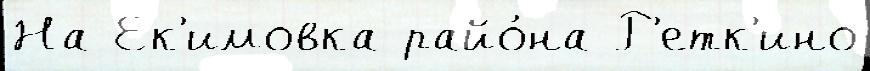
На Ек'имовка райо́на Р'етк'ино